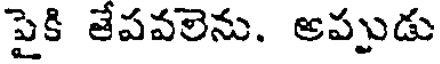
పైకి తేపవలెను. అప్పుడు